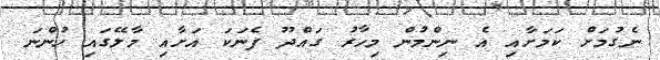
ނެގުމަށް ކަމަށާއި އެ ނިންމުން މިހާރު ގައްދޫ ފެނަކަ އަށާއި މާލޭގައި ހުންނަ